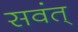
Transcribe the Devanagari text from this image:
सवंत्